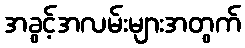
အခွင့်အလမ်းများအတွက်